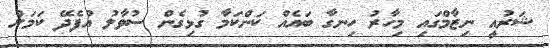
ޝަރުއީ ނިޒާމްގައި މިހާރު ހިނގާ ބައެއް ކަންކަމާ ގުޅިގެން ސުވާލު އުފެދޭ ކަމަށް